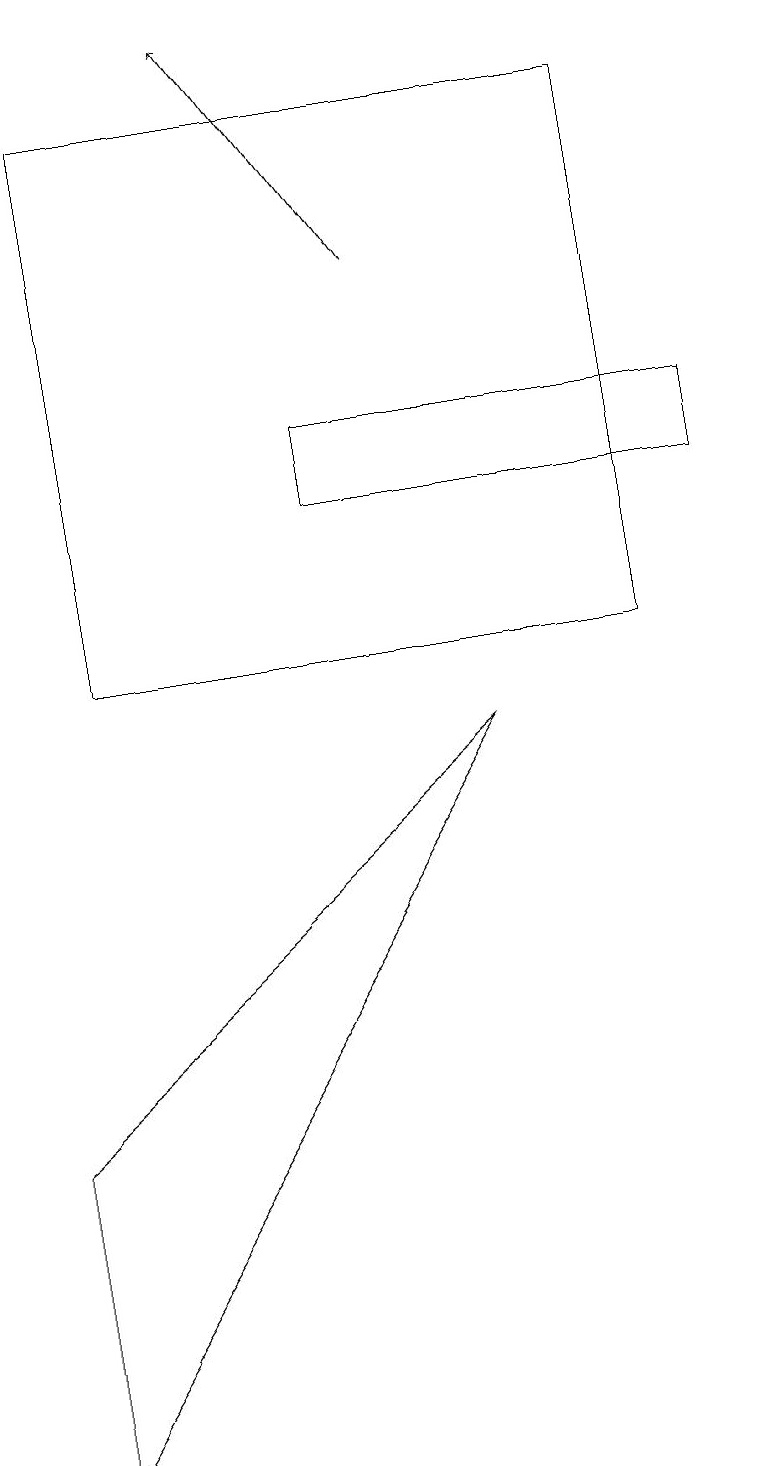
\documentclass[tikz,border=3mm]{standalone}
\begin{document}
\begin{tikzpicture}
\draw[->] (5,15) -- (3,18);
\draw (1,17) rectangle (8,10);
\draw (9,13) rectangle (4,12);
\draw (6,9) -- (0,4) -- (0,0) -- cycle;
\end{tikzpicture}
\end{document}